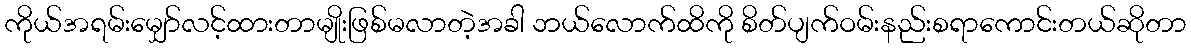
ကိုယ်အရမ်းမျှော်လင့်ထားတာမျိုးဖြစ်မလာတဲ့အခါ ဘယ်လောက်ထိကို စိတ်ပျက်ဝမ်းနည်းစရာကောင်းတယ်ဆိုတာ